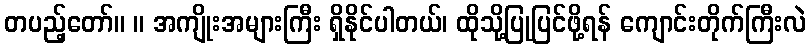
တပည့်တော်။ ။ အကျိုးအများကြီး ရှိနိုင်ပါတယ်၊ ထိုသို့ပြုပြင်ဖို့ရန် ကျောင်းတိုက်ကြီးလဲ